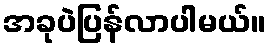
အခုပဲပြန်လာပါမယ်။